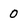
Character: 0